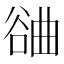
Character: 𣍂